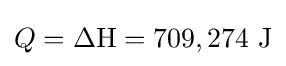
Q={\Delta \mathrm {H} }=709,274{\text{ J}}